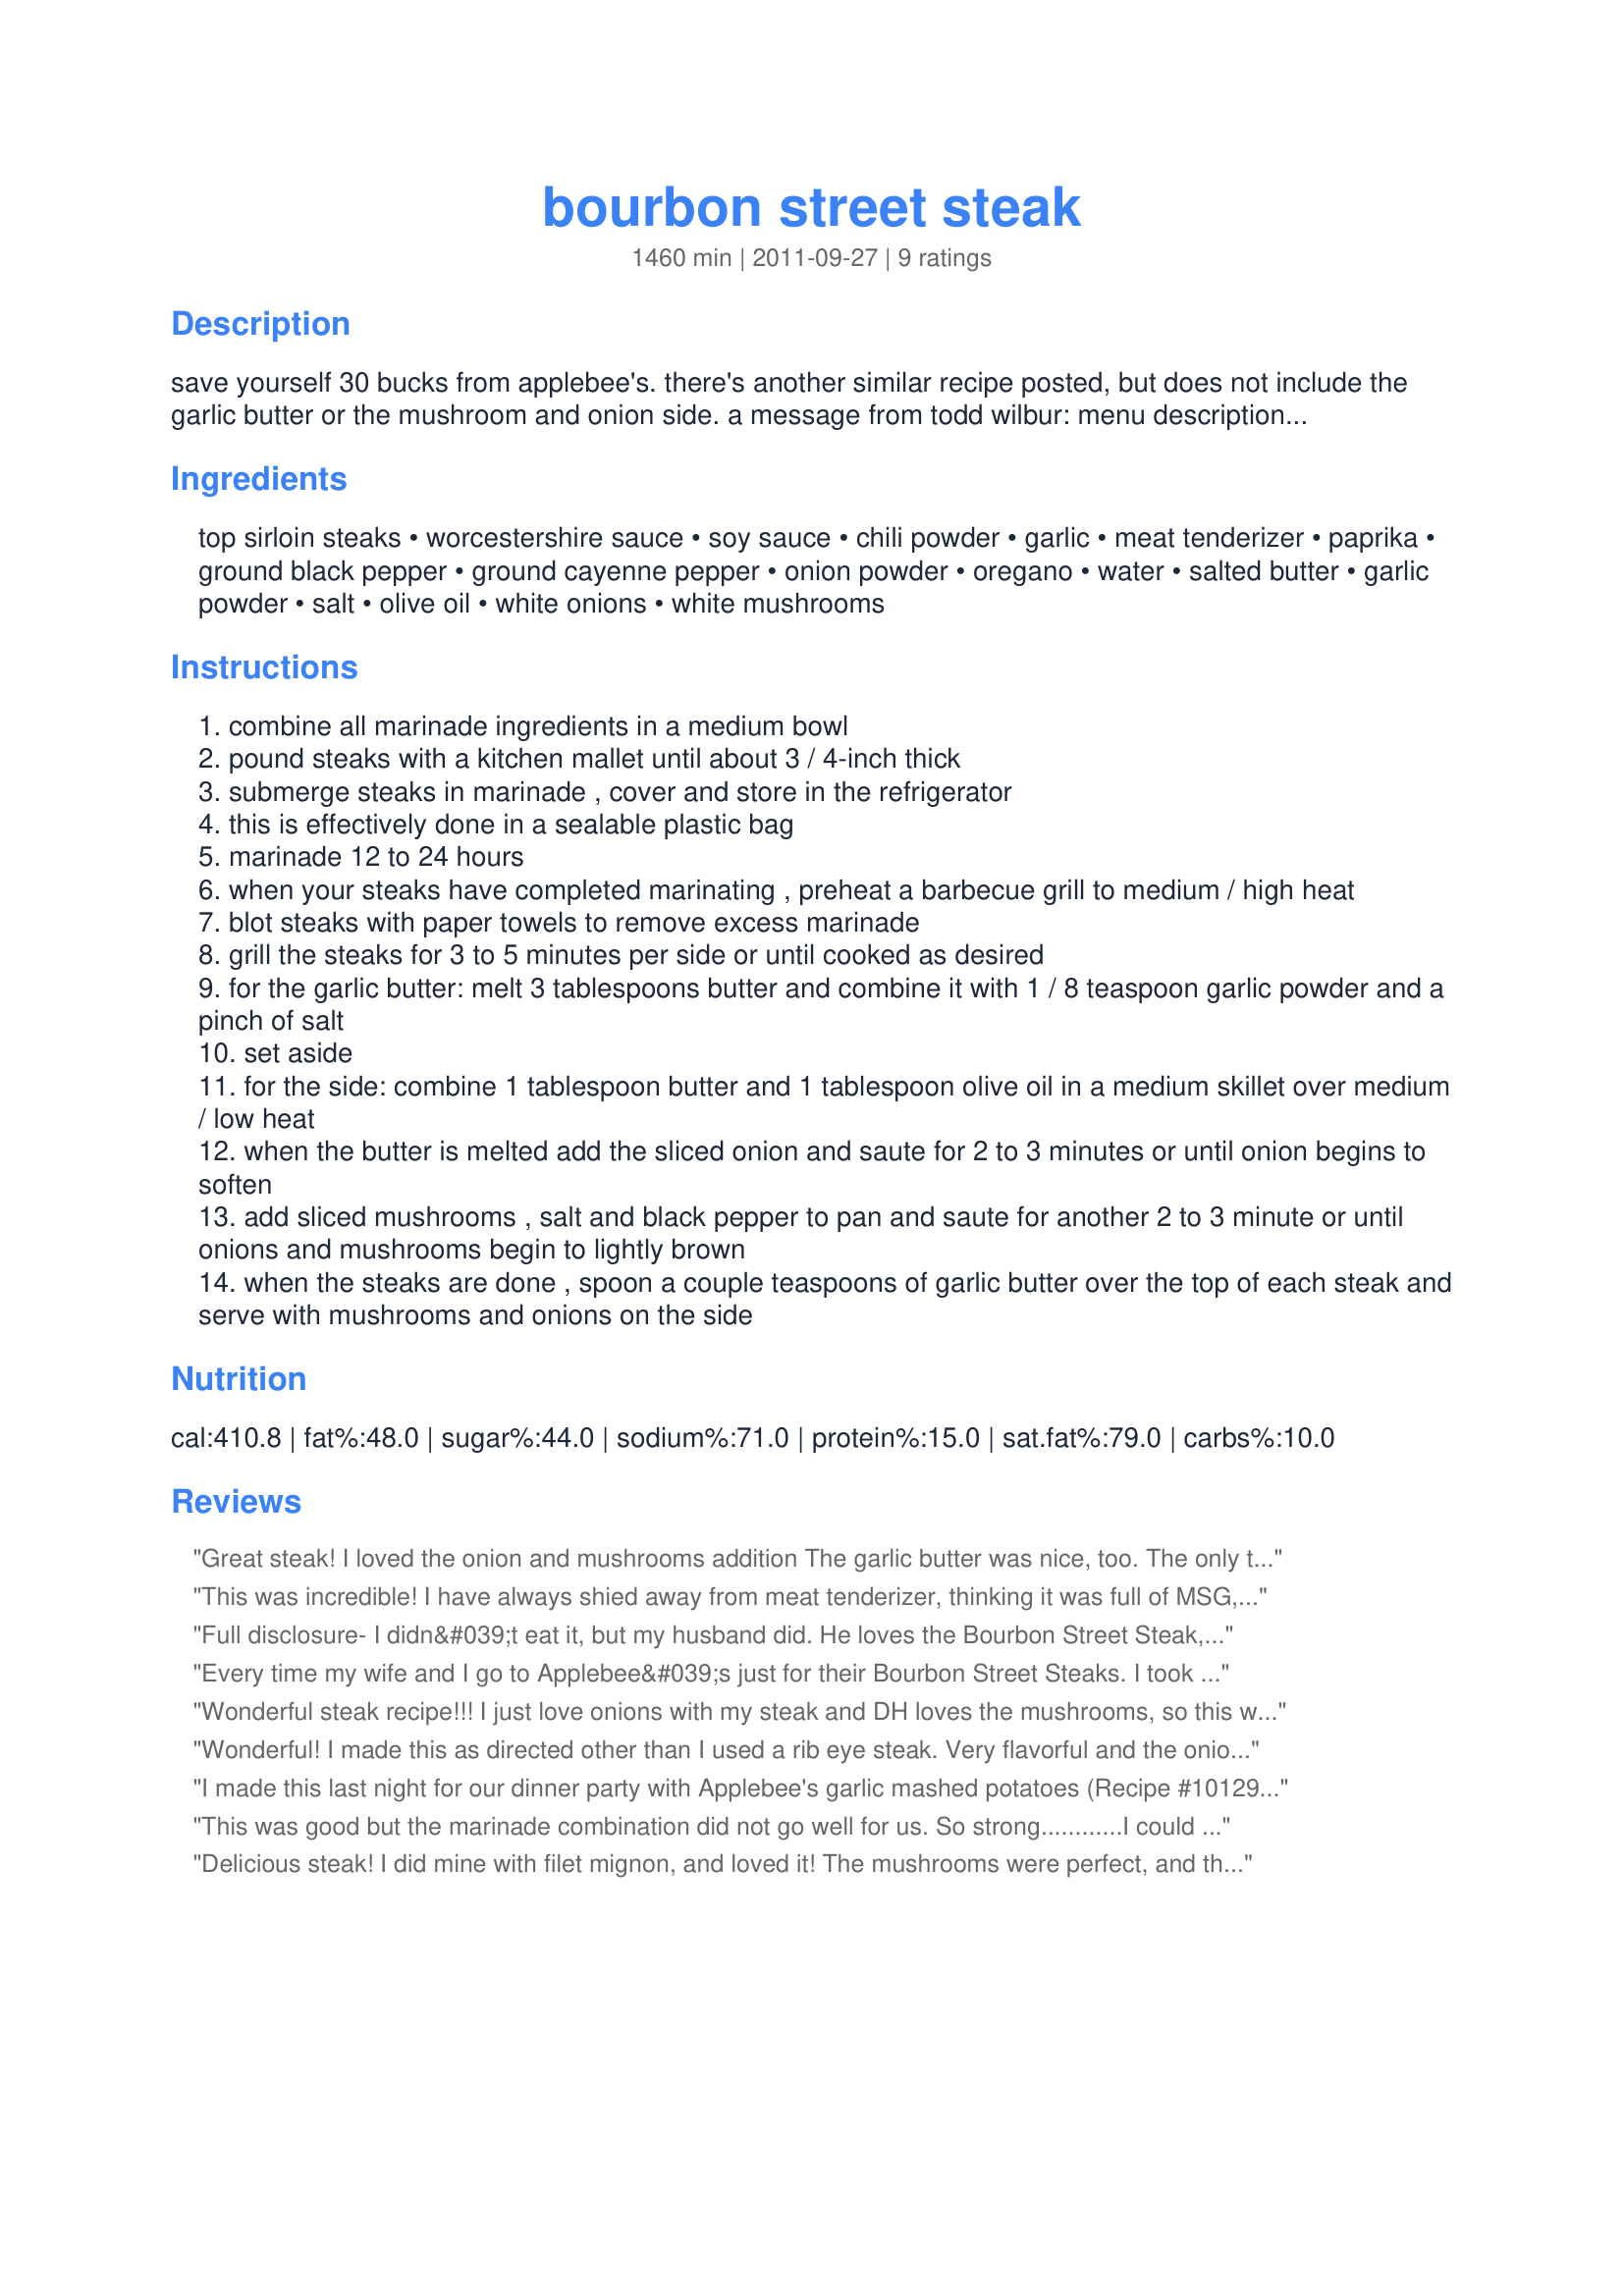
bourbon street steak
Preparation time: 1460 minutes

save yourself 30 bucks from applebee's. there's another similar recipe posted, but does not include the garlic butter or the mushroom and onion side. a message from todd wilbur: menu description: "this succulent 10 oz. steak is jazzed up with cajun spices and served with sauteed onions, mushrooms, garlic mashed potatoes and garlic toast."
this secret to the taste of this signature steak entrée at america's largest casual chain is found in the blend of flavors in the spicy cajun marinade. plan to make this dish 12 to 24 hours in advance, so the steaks have time to soak up the goodness. this marinating time will also give the meat tenderizer a chance to do its thing, but don't go longer than 24 hours or the protein fibers may become so tender that they turn mushy. i used mccormick brand tenderizer, which uses bromelian, a pineapple extract, to tenderize the meat. lawry's (adolph's) meat tenderizer, uses papain from papayas, to tenderize the proteins, but this brand also brings other spices into the mix and will alter the flavor of your finished product. both of these tenderizers include a lot of salt so we won't need to include salt as part of the marinade formula." one more thing, bourbon street is a name of a street in new orleans, la. there is no indication that applebee's ever included bourbon in the original recipe.

Ingredients:
top sirloin steaks, worcestershire sauce, soy sauce, chili powder, garlic, meat tenderizer, paprika, ground black pepper, ground cayenne pepper, onion powder, oregano, water, salted butter, garlic powder, salt, olive oil, white onions, white mushrooms

Steps:
combine all marinade ingredients in a medium bowl
pound steaks with a kitchen mallet until about 3 / 4-inch thick
submerge steaks in marinade , cover and store in the refrigerator
this is effectively done in a sealable plastic bag
marinade 12 to 24 hours
when your steaks have completed marinating , preheat a barbecue grill to medium / high heat
blot steaks with paper towels to remove excess marinade
grill the steaks for 3 to 5 minutes per side or until cooked as desired
for the garlic butter: melt 3 tablespoons butter and combine it with 1 / 8 teaspoon garlic powder and a pinch of salt
set aside
for the side: combine 1 tablespoon butter and 1 tablespoon olive oil in a medium skillet over medium / low heat
when the butter is melted add the sliced onion and saute for 2 to 3 minutes or until onion begins to soften
add sliced mushrooms , salt and black pepper to pan and saute for another 2 to 3 minute or until onions and mushrooms begin to lightly brown
when the steaks are done , spoon a couple teaspoons of garlic butter over the top of each steak and serve with mushrooms and onions on the side

Reviews:
Great steak! I loved the onion and mushrooms addition The garlic butter was nice, too. The only thing that wasn&#039;t perfect, was that the steak was a bit too salty. I&#039;m not sure if that was because of the soy sauce or the meat tenderizer (I couldn&#039;t find McCormicks and had to use Adolfs). Everything else was perfect. Thank you!
This was incredible! I have always shied away from meat tenderizer, thinking it was full of MSG, but I was pleased to read that the McCormick's (which I bought) has the bromelian instead. Alas, I couldn't find top sirloin anywhere, so I had to sub some lovely porterhouse steaks. While garlic butter and side of mushrooms and onions is delicious, the steak can stand on its own, as the marinade is so flavorful! What a delicious meal we had! Thanks for sharing.
Full disclosure- I didn&#039;t eat it, but my husband did. He loves the Bourbon Street Steak, so I used this recipe to make a birthday dinner. He prefers NY Strips and it worked out perfectly. He LOVED this steak. He took a bite to &quot;test it&quot; while I finished cooking and half of it was gone before we sat down to eat! I did not grill it, but rather pan seared it and finished it in the oven. I cut the recipe in half for the one steak. Next time I plan to up the spice level a little because his only criticism, or preference rather, was that it need a little more of a kick. I don&#039;t think he&#039;ll let me marinade steaks any other way from now on!
Every time my wife and I go to Applebee&#039;s just for their Bourbon Street Steaks. I took this recipe and used it for a couple of Sirloins we picked up from Publix. We Grilled them and made up the Mushrooms and Onions, Baby Reds Potatoes and the Garlic Butter drizzle on top of the steaks just as it is in Applebees. The meal was perfect...NOW here is the REAL Knockout....I did the same thing using Boneless Skinless Chicken Thighs, and another time with Pork Tenderloins.....WOW....both meats marinated fantastically great...and after grilled the tastes were awesome. Just thought I&#039;d share this.
Wonderful steak recipe!!! I just love onions with my steak and DH loves the mushrooms, so this was right up our ally!! I made the marinade as written, except I just gave a couple of shakes of the cayenne pepper and I cut it in half, which was more then enough for our two sirloin steaks. Loved how tender and flavorful the steaks were and to top them off with the garlic butter and onions/mushrooms was just awesome!!! Thanks for sharing the recipe my friend. Made for &quot;Best of 2013 Tag Game&quot;.
Wonderful! I made this as directed other than I used a rib eye steak. Very flavorful and the onions and mushrooms were fantastic with this steak. Thanks for sharing another keeper, gailanng. Made for Name That Ingredient Tag.
I made this last night for our dinner party with Applebee's garlic mashed potatoes (Recipe #101299) and served it with green beans with a brown sugar glaze. The steak was absolutely phenomenal! Every single person loved it and raved and raved about how amazing it was! This is absolutely just like Applebee's. I would recommend this to anyone, and I will definitely be making this for any special occasion. This recipe is sure to impress!
This was good but the marinade combination did not go well for us. So strong............I could not find sirloin steaks either so used NY strips and did not think the marinade added much to tenderizing the steaks (but could be our quality of steaks). I marinaded my steaks for about 18 hours. As for the side of onions and mushrooms, we love that with any steak. Thanks for sharing. Made for PRMR
Delicious steak! I did mine with filet mignon, and loved it! The mushrooms were perfect, and the garlic butter sauce was the finishing touch. Made for Best of 2014 tag game on Yuku. Thanks for sharing!
